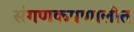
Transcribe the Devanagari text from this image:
संगणकप्रणालीत